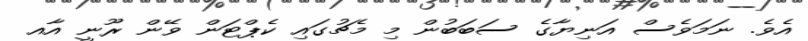
އެވެ. ނަމަވެސް އަނިޔާގެ ސަބަބުން މި މެޗުގައި ކެޕްޓަން ވޭން ރޫނީ އާއ